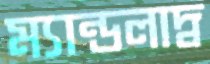
ম্যান্ডলাদ্ব